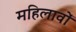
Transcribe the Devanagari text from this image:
महिलावों